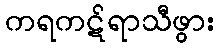
ကရကဋ်ရာသီဖွား